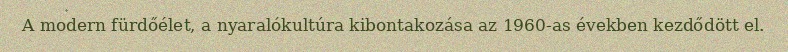
A modern fürdőélet, a nyaralókultúra kibontakozása az 1960-as években kezdődött el.